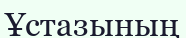
Ұстазының